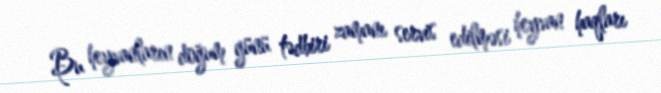
Bu heyvanların doğum günü tədbiri zamanı servis edilməsi heyvan haqları